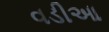
વડીઆ